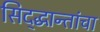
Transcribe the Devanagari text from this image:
सिद्द्धान्तांचा